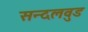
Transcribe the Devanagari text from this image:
सन्दलवुड